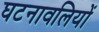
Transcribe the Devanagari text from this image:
घटनावलियों